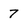
Character: 7